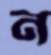
ন